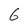
Character: 6